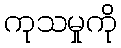
ကုသမှုကို